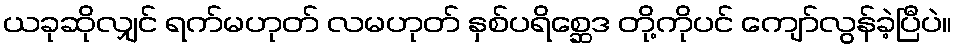
ယခုဆိုလျှင် ရက်မဟုတ် လမဟုတ် နှစ်ပရိစ္ဆေဒ တို့ကိုပင် ကျော်လွန်ခဲ့ပြီပဲ။